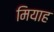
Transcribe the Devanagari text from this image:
मियाह